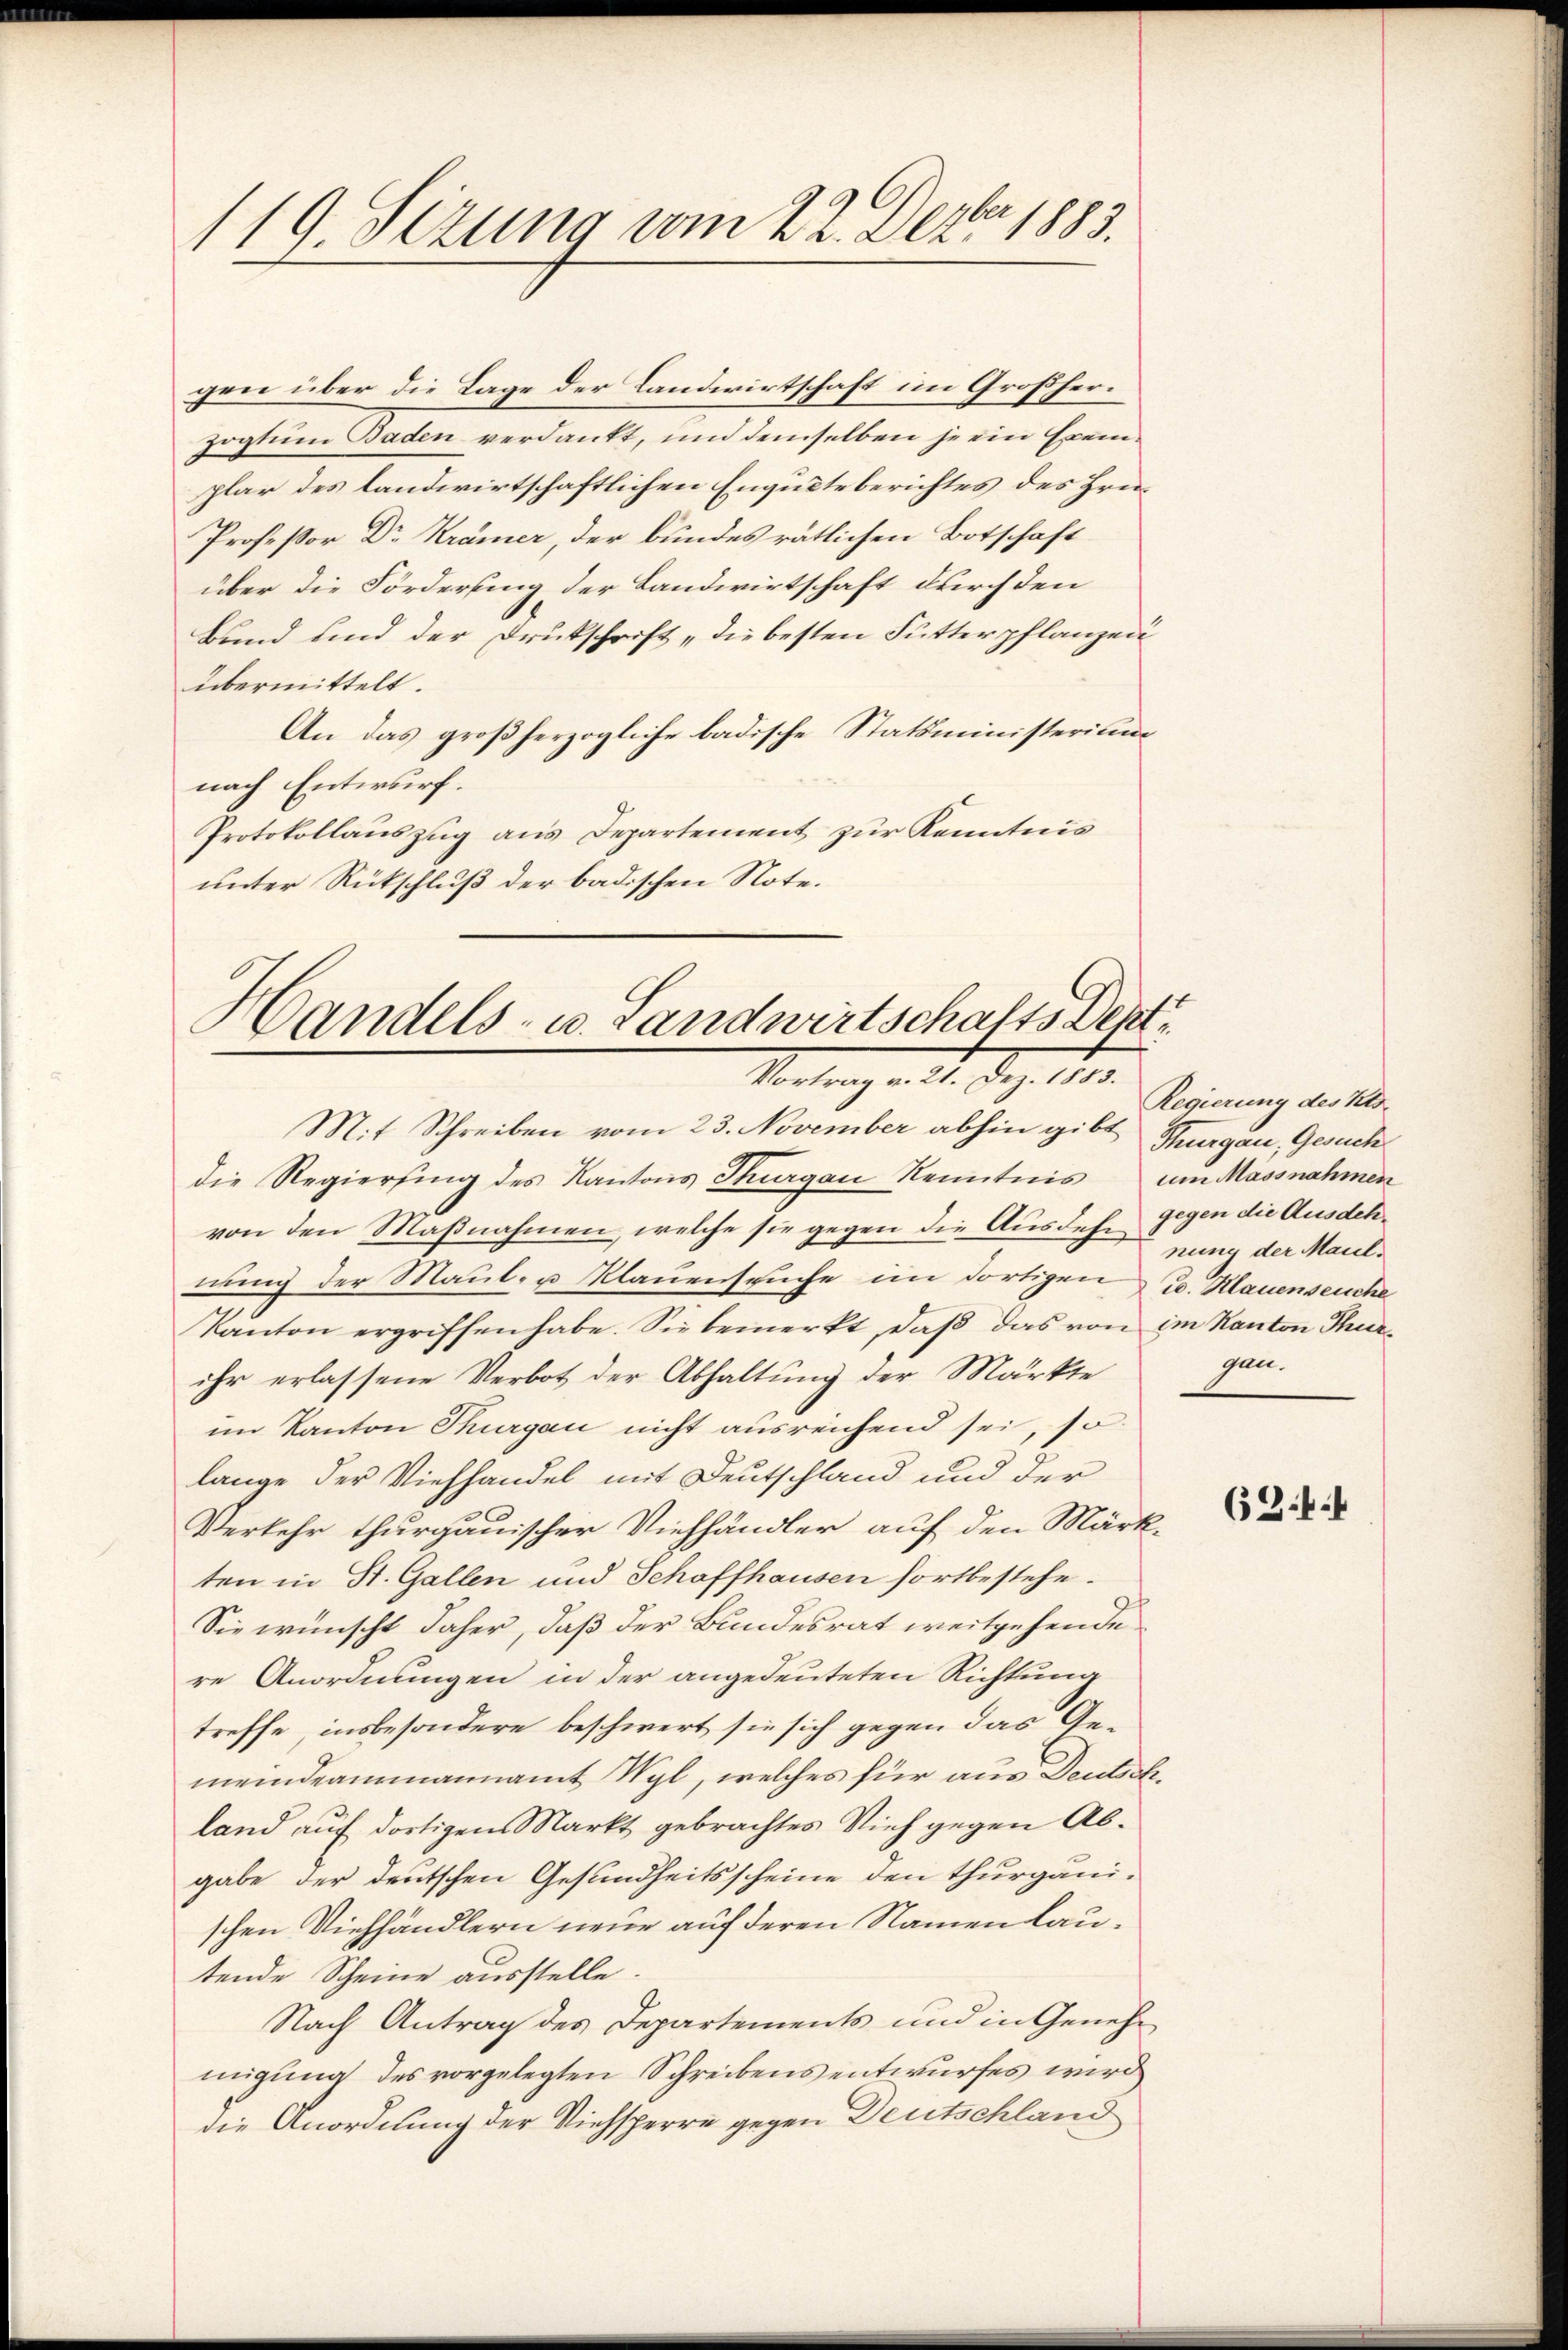
119. Sezung vom 22. Dezbr 1883.

gen über die Lage der Landwirtschaft im Großherzogtum Baden verdankt, und demselben je ein Exemplar des landwirtschaftlichen Engute berichtes des Hrni¬
Professor Dr Krämer, der bundes rätlichen Botschaft
über die Förderung der Landwirtschaft durch den
Bund und der Drukschrift „die besten Futterpflanzen
übermittelt.
An das großherzogliche badische Statsministerium
nach Entwurf.
Protokollauszug aus Departement zur Kenntnis
unter Rückschluß der badischen Note.

Handels- u. Landwirtschafts Dept.
Vortrag v. 21. Dez. 1883.

Mit Schreiben vom 23. November abhin gibt Thurgau, Gesuch
die Regiersing des Kantons Thurgau Kenntnis um Massnahmen
von den Maßnahmen, welche sie gegen die Ausdehn Gegen die Ausdehnung der Maul- u. Klauenseuche im dortigen u. Klauenseuche
Kanton ergriffen habe. Sie bemerkt, daβ das von im Kanton Thurihr erlassene Verbot der Abhaltung der Märkte
im Kanton Thurgau nicht ausreichend sei, so
lange der Viehhandel mit Deutschland und der
Verkehr thurgauischer Viehhändler auf den Märk-
ten in St. Gallen und Schaffhausen fortbestehe¬
Sie wünscht daher, daß der Bundesrat weitgehende
re Anordnungen in der angedeuteten Richtung
treffe, insbesondere beschwert sie sich gegen das Gemeindeammannamt Wyl, welches für aus Deutschland auf dortigen Markt gebrachtes Vieh gegen Abgabe der deutschen Gesundheitsscheine den thurgauischen Viehhändlern neue auf deren Namen lautende Scheine ausstelle.
Nach Antrag des Departements und in Genehmigung des vorgelegten Schreibens entwurfes wird
die Anordnung der Viehsperre gegen Deutschland

Regierung des Kts.
nung der Maulgen.

6244